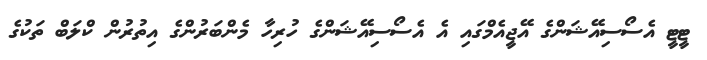
ޓީޓީ އެސޯސިއޭޝަންގެ އޭޖީއެމްގައި އެ އެސޯސިއޭޝަންގެ ހުރިހާ މެންބަރުންގެ އިތުރުން ކްލަބް ތަކުގެ